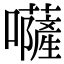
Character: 𡄳